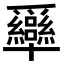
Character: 𤕍